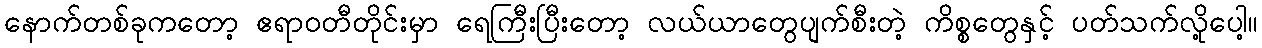
နောက်တစ်ခုကတော့ ဧရာဝတီတိုင်းမှာ ရေကြီးပြီးတော့ လယ်ယာတွေပျက်စီးတဲ့ ကိစ္စတွေနှင့် ပတ်သက်လို့ပေါ့။